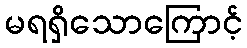
မရရှိသောကြောင့်